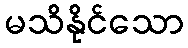
မသိနိုင်သော